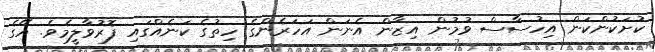
ކުށަކުންކަން އިހުސާސް ވުމުން އިޒާން އެނަން އަހަރެންގެ ހިތުގެ ކަނެއްގައި ފޮރުވާލީމެވެ. އޭގެ